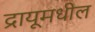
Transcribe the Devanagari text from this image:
द्रायूमधील